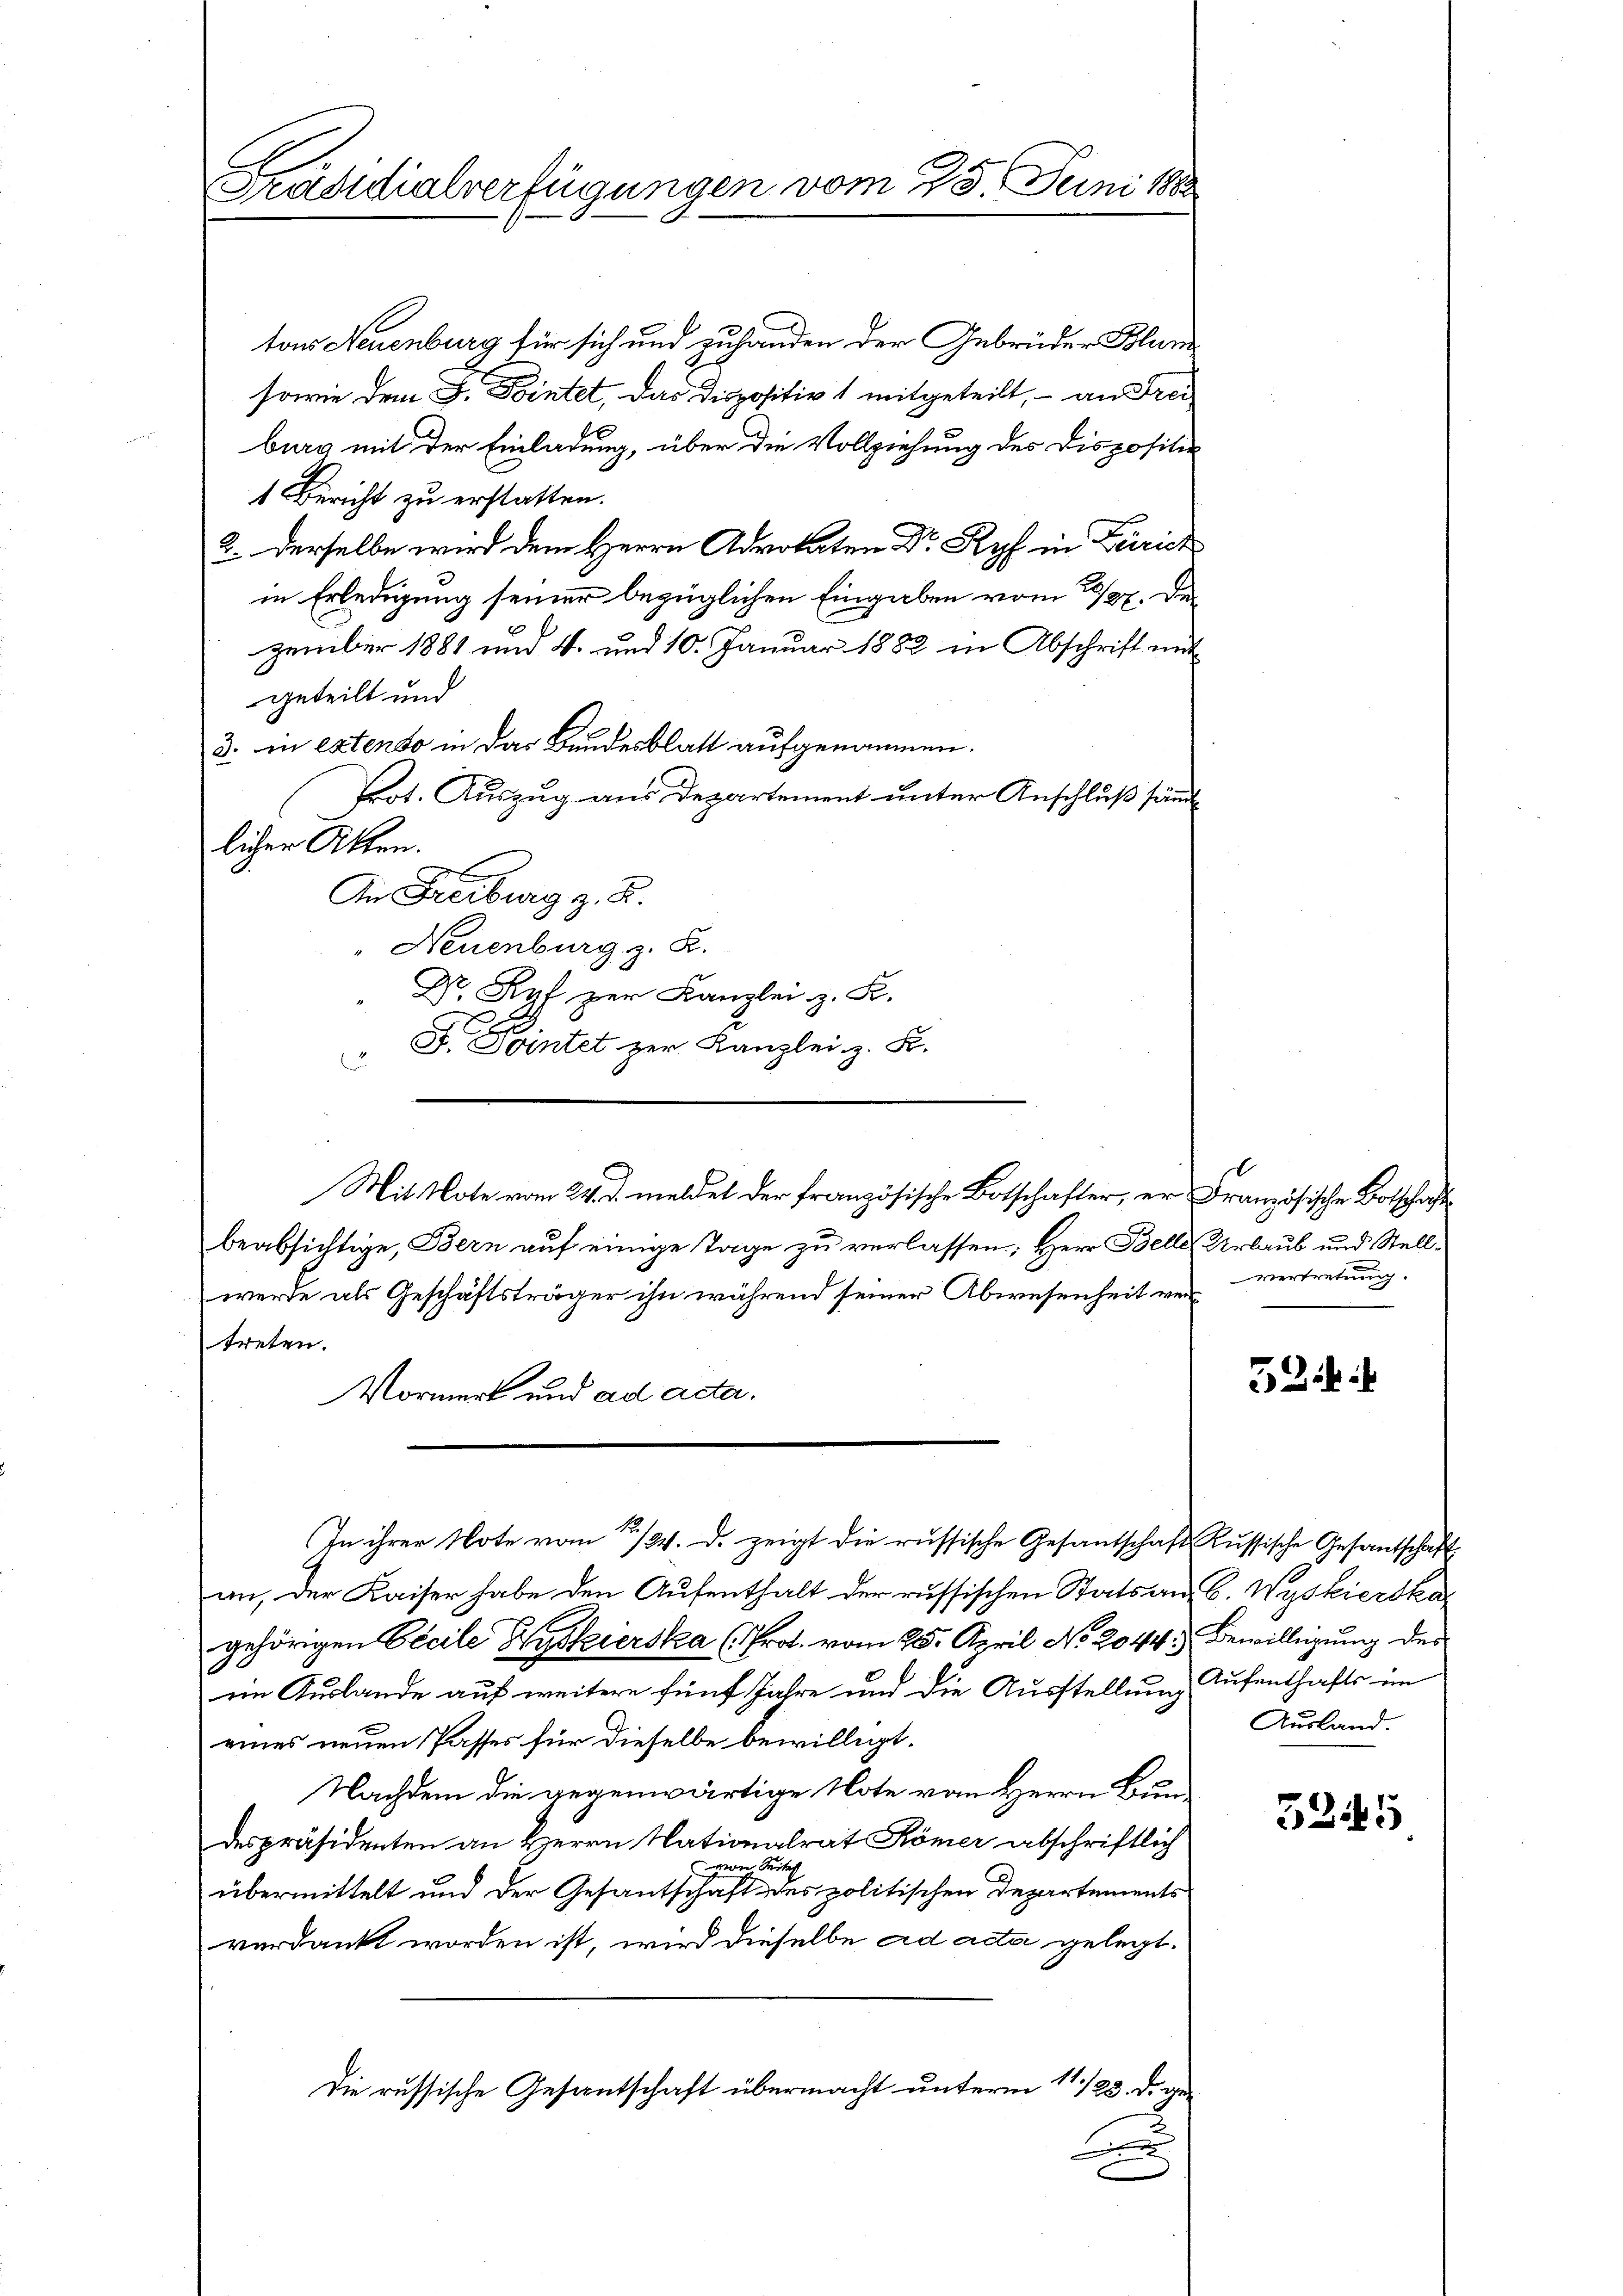
Präsidialverfügungen vom 25. Juni 188

ton Neuenburg für sich und zuhanden der Gebrüder Bluns
sowie dem J. Dintet, das Dispositiv 1 mitgeteilt, – an Freiburg mit der Einladung, über die Vollziehung des Dispositie
1 Bericht zu erstatten.
2. Derselbe wird dem Herrn Advokaten Dr Ryf in Zürich
in Erledigung seiner bezüglichen Eingaben vom 3/27. De
zember 1881 und 4. und 10. Januar 1882 in Abschrift mit
geteilt und
3. in extenso in das Bundesblatt aufgenommen.
Prot. Auszug aus Departement unter Anschluß sämmtl
licher Akten.
An Freiburg z. B.
Neuenburg z. R.
Dr. Ryf zur Kanzlei z. B.
F. Pointet zur Kanzlei z. S.
u
beabsichtige, Bern auf einige Tage zu verlassen; Herr Belle Urlaub und Stellwerde als Geschäftsträger ihn während seiner Abwesenheit vertreten.
Vormerk und ad acta.
In ihrer Note vom 22./24. d. zeigt die russische Gesantschaft Kussische Gesantschaft
an, der Kaiser habe den Aufenthalt der russischen Stats an C. Wyskierska
gehörigen Cecile Hyskierska (Prot. vom 25. April No 2044.) Bewilligung des
eim Auslande auf weitere fünf Jahre und die Ausstellung Aufenthafts im
eines neuen Passes für dieselbe bewilligt.
Nachdem die gegenwärtige Note von Herrn Bun-
despräsidenten an Herrn Nationalrat Römer abschriftlich
von Seite
übermittelt und der Gesantschaft des politischen Departements
verdankt worden ist, wird dieselbe ad acta gelegt.
Die russische Gesantschaft übermacht unterm 11./23. d. ge¬

Mit Note vom 24. d. meldet der französische Botschafter, er Französische Botschaft

2

vertretung.

Ausland.

5245